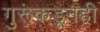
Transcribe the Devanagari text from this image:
गुरूंकडूनही